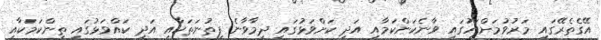
އޭގެތެރޭގައި މަރުވުމަށްފަހުގައި ވާނެކަންކަމާއި އަދި ކަށްވަޅުގައި ދިމާވާނެ ފިތުނަތަކާއި އަދި ކައްވަޅުގައި ތިންކަމަކާއި